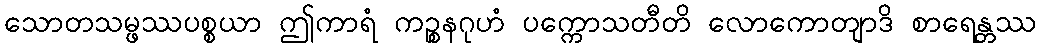
သောတသမ္ဖဿပစ္စယာ ဤကာရံ ကဉ္စနဂုဟံ ပက္ကောသတီတိ လောကောတျာဒိ စာရေန္တဿ